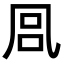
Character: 𭂴